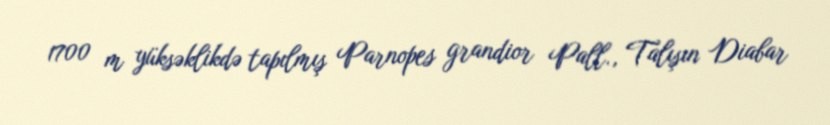
1700 m yüksəklikdə tapılmış Parnopes grandior Pall., Talışın Diabar